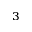
_ 3